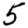
Digit: 5